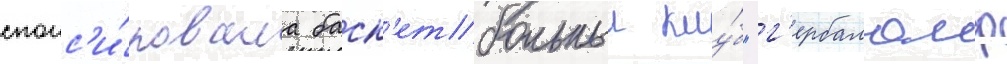
спонс'и́ровала баск'етбольныи клу́б "г'ербалаиф